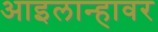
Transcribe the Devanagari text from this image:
आइलान्हावर